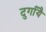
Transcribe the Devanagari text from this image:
दुर्गायै